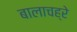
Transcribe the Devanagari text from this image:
बालाचह्रे